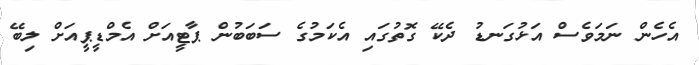
އެހެން ނަމަވެސް އަޅުގަނޑު ދެކޭ ގޮތުގައި އެކަމުގެ ސަބަބުން ޕާޓީއަށް އެމްޑީޕީއަށް ލިބޭ